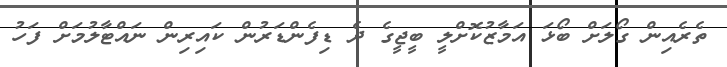
ތެރެއިން ގޯލަށް ބޯޅަ އަމާޒުކޮށްލީ ބީޖީގެ ދެ ޑިފެންޑަރުން ކައިރިން ނައްޓާލުމަށް ފަހު